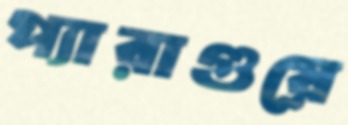
প্যারাগুয়ে